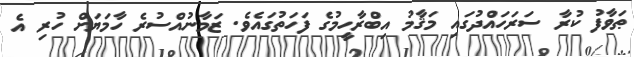
ޠަވާފު ކުރާ ސަރަހައްދުގައި މަޤާމު އިބްރާހީމުގެ ފަހަތުގައެވެ. ޒަމާނުއްސުރެ ހާމަޔަށް ހުރި އެ